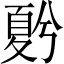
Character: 𡕵